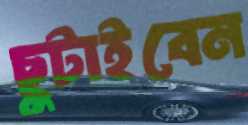
ছুটাইবেন